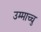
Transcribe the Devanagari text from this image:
उम्माच्चु